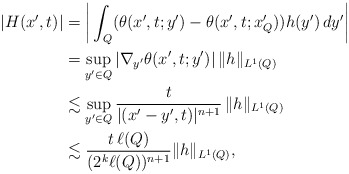
\begin{align*}|H(x', t)| &= \bigg|\int_{Q} (\theta(x', t; y') - \theta(x', t; x'_Q) ) h(y') \, dy'\bigg|\\ &= \sup_{y' \in Q} |\nabla_{y'} \theta(x', t; y')| \, \|h\|_{L^1(Q)} \\&\lesssim \sup_{y' \in Q} \frac{t}{|(x'-y', t)|^{n+1}} \, \|h\|_{L^1(Q)} \\& \lesssim \frac{t \, \ell(Q)}{(2^k \ell(Q))^{n+1}} \|h\|_{L^1(Q)}, \end{align*}